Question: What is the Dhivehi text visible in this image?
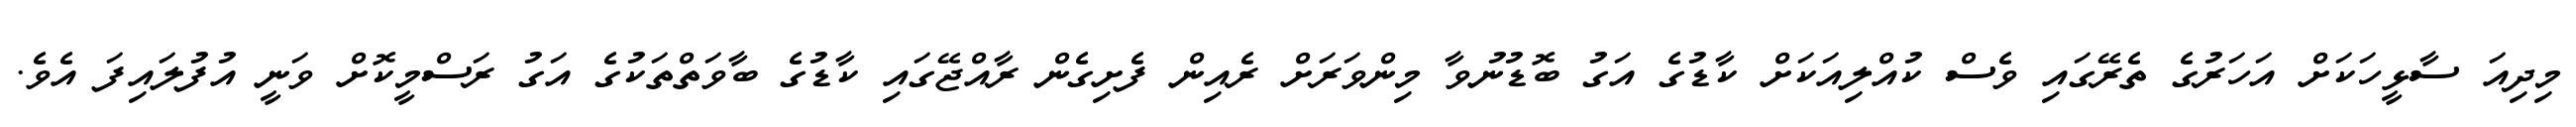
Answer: މިދިއަ ސާޅީހަކަށް އަހަރުގެ ތެރޭގައި ވެސް ކުއްލިއަކަށް ކާޑުގެ އަގު ބޮޑުނުވާ މިންވަރަށް ރެއިން ފެށިގެން ރާއްޖޭގައި ކާޑުގެ ބާވަތްތަކުގެ އަގު ރަސްމީކޮށް ވަނީ އުފުލައިފަ އެވެ.